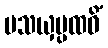
ပသယှပ္ပထဝိံ